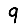
Digit: 9